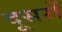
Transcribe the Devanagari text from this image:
दूसरोँ